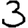
Digit: 3